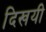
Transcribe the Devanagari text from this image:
दिखयी